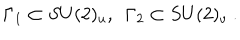
LaTeX: \Gamma _ { 1 } \subset S U ( 2 ) _ { u } , ~ ~ \Gamma _ { 2 } \subset S U ( 2 ) _ { v } \ .